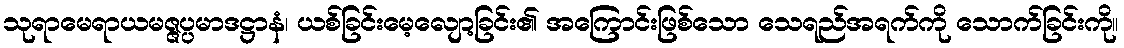
သုရာမေရာယမဇ္ဇပ္ပမာဒဋ္ဌာနံ၊ ယစ်ခြင်းမေ့လျော့ခြင်း၏ အကြောင်းဖြစ်သော သေရည်အရက်ကို သောက်ခြင်းကို။